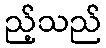
ည့်သည်